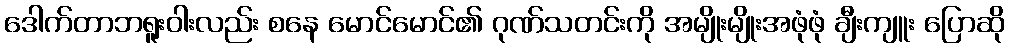
ဒေါက်တာဘရူးဝါးလည်း စနေ မောင်မောင်၏ ဂုဏ်သတင်းကို အမျိုးမျိုးအဖုံဖုံ ချီးကျူး ပြောဆို